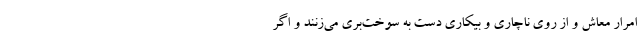
امرار معاش و از روی ناچاری و بیکاری دست به سوخت‌بَری می‌زنند و اگر